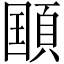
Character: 𲊯